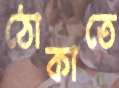
ঠোকাতে